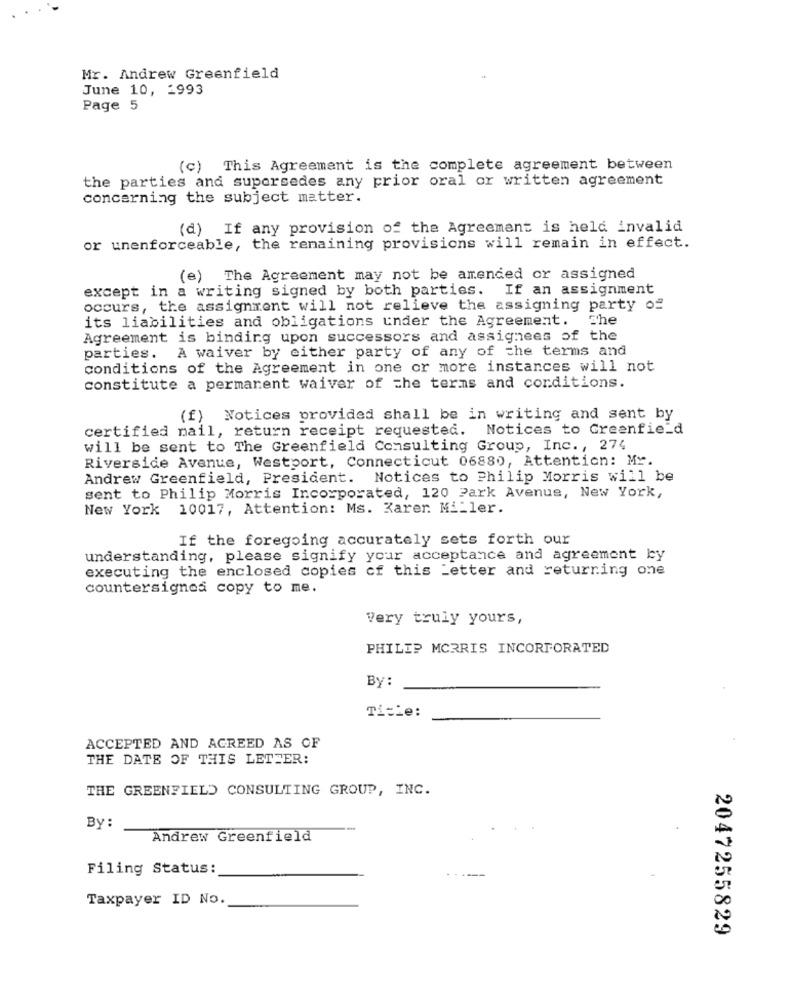
Mr. Andrew Greenfield
June 10, 1993
Page 5
(c) This Agreement is the complete agreement between
the parties and supersedes any prior oral or written agreement
concerning the subject matter.
(d) If any provision of the Agreement is held invalid
or unenforceable, the remaining provisions will remain in effect.
(e) The Agreement may not be amended or assigned
except in a writing signed by both parties. If an assignment
occurs, the assignment will not relieve the assigning party of
its liabilities and obligations under the Agreement. The
Agreement is binding upon successors and assignees of the
parties. A waiver by either party of any of the terms and
conditions of the Agreement in one or more instances will not
constitute a permanent waiver of the terms and conditions.
(f) Notices provided shall be in writing and sent by
certified mail, return receipt requested. Notices to Greenfield
will be sent to The Greenfield Consulting Group, Inc ., 274
Riverside Avenue, Westport, Connecticut 06880, Attention: Mr.
Andrew Greenfield, President. Notices to Philip Morris will be
sent to Philip Morris Incorporated, 120 Park Avenue, New York,
New York 10017, Attention: Ms. Karen Mi_ler.
If the foregoing accurately sets forth our
understanding, please signify your acceptance and agreement by
executing the enclosed copies of this Letter and returning one
countersignos copy to me.
Very truly yours,
PHILIP MORRIS INCORPORATED
By:
Title:
ACCEPTED AND AGREED AS OF
THE DATE OF THIS LETTER:
THE GREENFIELD CONSULTING GROUP, INC.
By:
Andrew Greenfield
Filing Status:
Taxpayer ID No.
2047255829